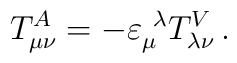
T_{\mu\nu}^{A}= -\varepsilon_{\mu}^{\ \lambda}T_{\lambda\nu}^{V}\,.